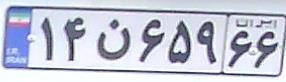
۱۴ن۶۵۹۶۶